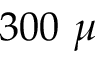
3 0 0 ~ \mu